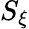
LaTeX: S_{\xi}